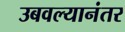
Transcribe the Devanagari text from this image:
उबवल्यानंतर